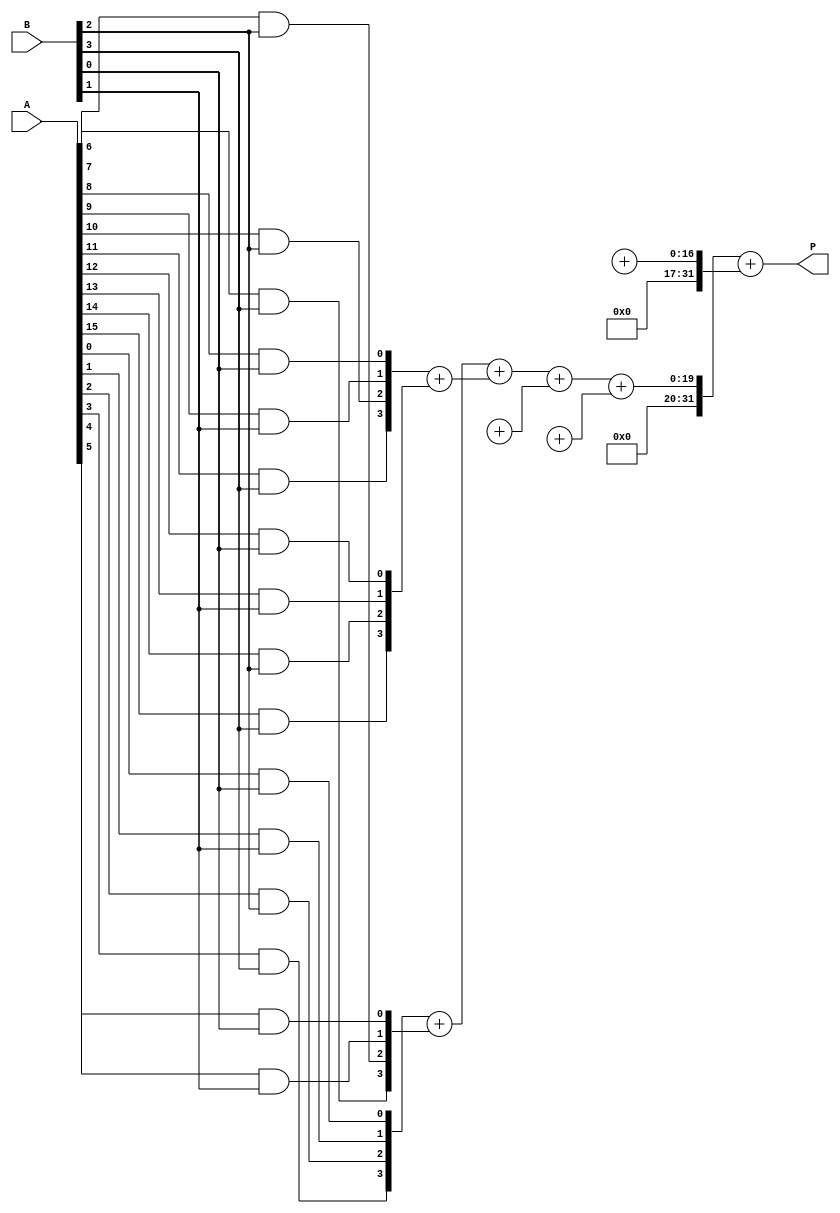
module higher_radix_wallace_tree_multiplier #(
    parameter RADIX = 8,        // Choose 8 or 16 for Radix-8 or Radix-16
    parameter WIDTH = 16         // Bit-width of operands
)(
    input [WIDTH-1:0] A,        // First operand
    input [WIDTH-1:0] B,        // Second operand
    output reg [2*WIDTH-1:0] P  // Product output
);

    // Partial product generation
    reg [WIDTH-1:0] partial_products [(2**(RADIX/2))-1:0];
    integer i, j;

    // Generate partial products
    always @(*) begin
        for (i = 0; i < WIDTH; i = i + (RADIX/2)) begin
            for (j = 0; j < (RADIX/2); j = j + 1) begin
                if (i + j < WIDTH) begin
                    partial_products[i/(RADIX/2)][j] = A[i + j] & B[j];
                end
            end
        end
    end

    // Wallace tree reduction
    wire [2*WIDTH-1:0] sum[WIDTH/(RADIX/2)-1:0];
    wire [2*WIDTH-1:0] carry[WIDTH/(RADIX/2)-1:0];

    generate
        genvar k;
        for (k = 0; k < WIDTH/(RADIX/2); k = k + 1) begin : reduction_tree
            // Use carry-save adders (CSAs) for reduction
            if (k == 0) begin
                assign sum[k] = partial_products[0] + partial_products[1];
                assign carry[k] = partial_products[2] + partial_products[3];
            end else begin
                assign sum[k] = sum[k-1] + carry[k-1];
                assign carry[k] = partial_products[4*k] + partial_products[4*k+1];
            end
        end
    endgenerate

    // Final addition
    always @(*) begin
        P = sum[WIDTH/(RADIX/2)-1] + carry[WIDTH/(RADIX/2)-1];
    end

endmodule